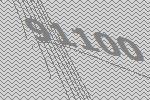
91100